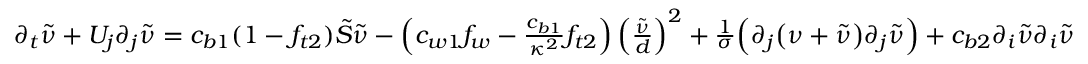
\begin{array} { r } { \partial _ { t } \Tilde { \nu } + U _ { j } \partial _ { j } \Tilde { \nu } = c _ { b 1 } ( 1 - f _ { t 2 } ) \Tilde { S } \Tilde { \nu } - \left( c _ { w 1 } f _ { w } - \frac { c _ { b 1 } } { \kappa ^ { 2 } } f _ { t 2 } \right) \left( \frac { \Tilde { \nu } } { d } \right) ^ { 2 } + \frac { 1 } { \sigma } \Big ( \partial _ { j } \big ( \nu + \Tilde { \nu } \big ) \partial _ { j } \Tilde { \nu } \Big ) + c _ { b 2 } \partial _ { i } \Tilde { \nu } \partial _ { i } \Tilde { \nu } } \end{array}